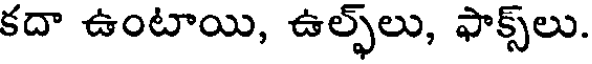
కదా ఉంటాయి, ఉల్ఫ్లు, ఫాక్స్లు.